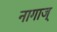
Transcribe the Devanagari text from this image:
नागाज्